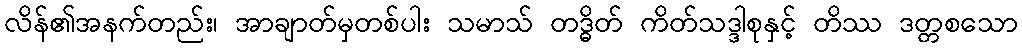
လိန်၏အနက်တည်း၊ အာချာတ်မှတစ်ပါး သမာသ် တဒ္ဓိတ် ကိတ်သဒ္ဒါစုနှင့် တိဿ ဒတ္တစသော